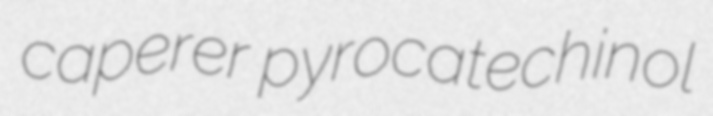
caperer pyrocatechinol